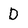
Character: D